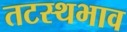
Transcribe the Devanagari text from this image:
तटस्थभाव